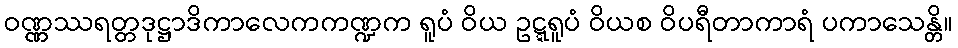
ဝဏ္ဏဿရတ္တဒုဋ္ဌာဒိကာလေကကဏ္ဍက ရူပံ ဝိယ ဥဋ္ဋရူပံ ဝိယစ ဝိပရီတာကာရံ ပကာသေန္တိ။